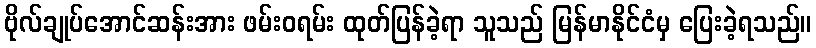
ဗိုလ်ချုပ်အောင်ဆန်းအား ဖမ်းဝရမ်း ထုတ်ပြန်ခဲ့ရာ သူသည် မြန်မာနိုင်ငံမှ ပြေးခဲ့ရသည်။